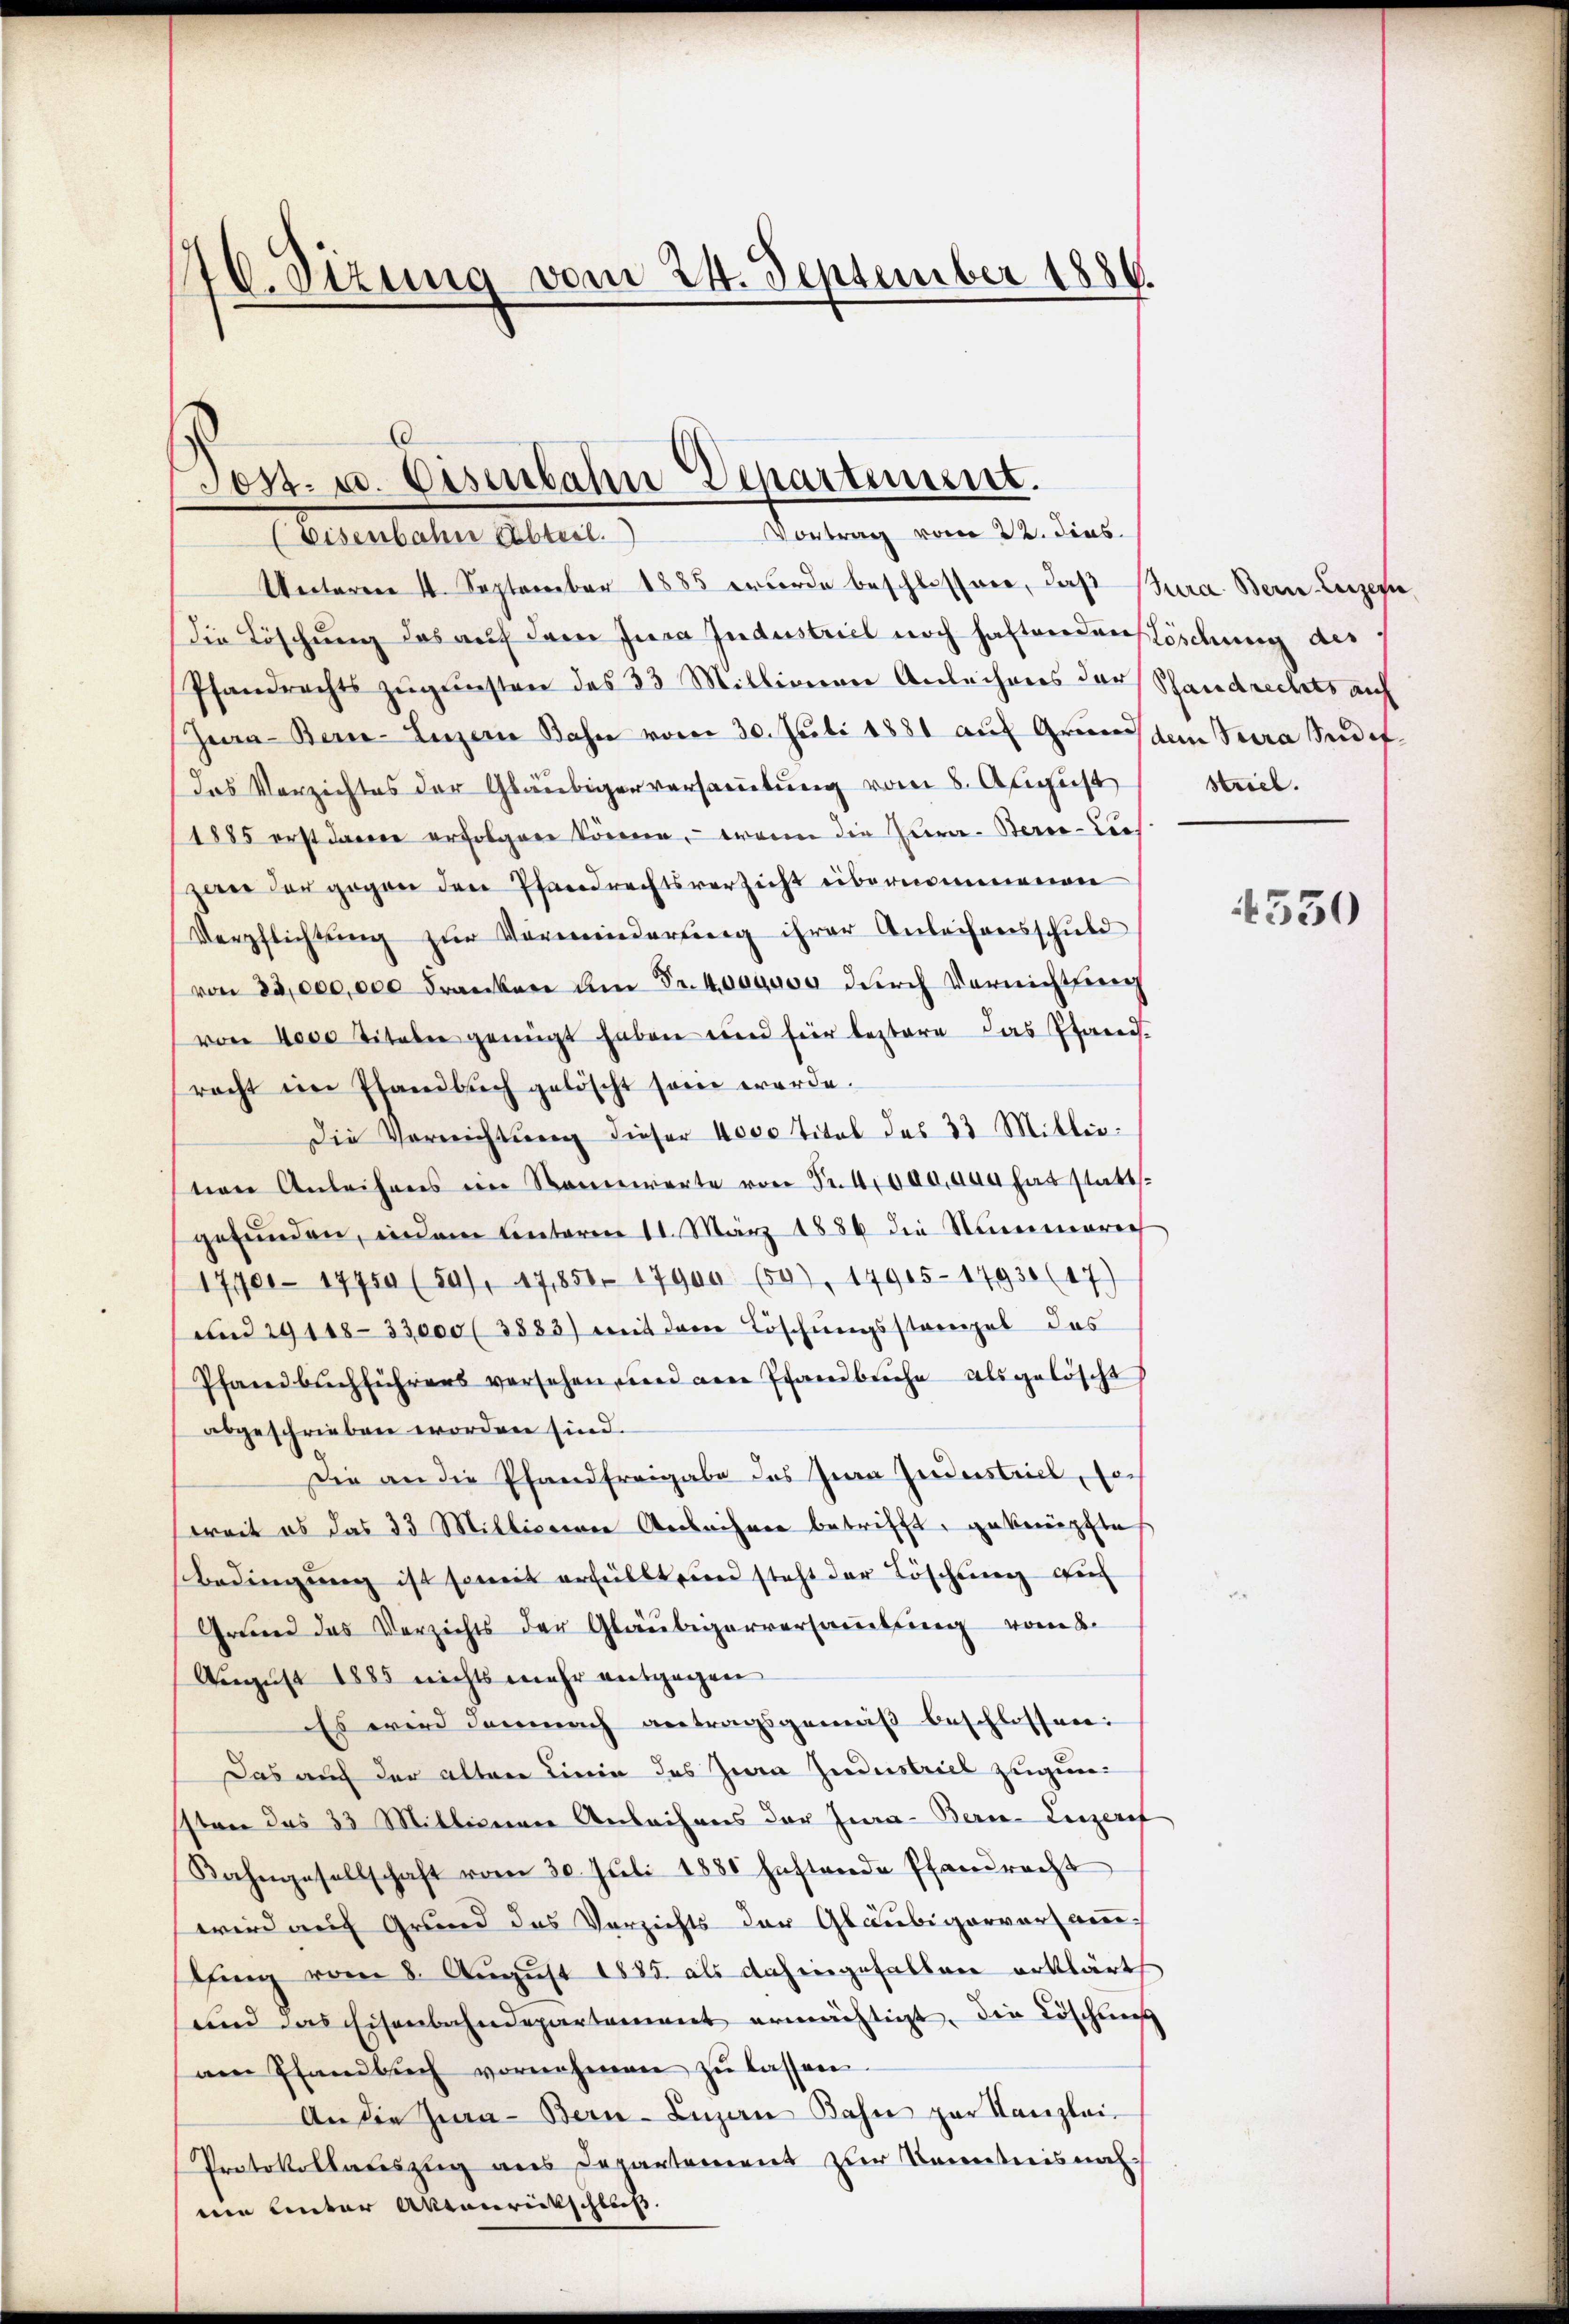
176. Sizung vom 24. September 1886.

Eisenbahne Erbteil.
Unteren 11. September 1885 erforde beschlossene, daß Bara Bern Luzern
die Löschung das auf dem Jura Industriel noch haftenden Löschung des
Pfandrechts zŭgŭnsten des 33 Millionen Anleihens der Schandrechts auf
Hea-Berne-Luzern Bahn vom 30. Juli 1881 aŭf Grund den Tera Sudif-
das Verzichtes der Gläubiger versammlung vom 8. August
1885 erst darin erfolgere können, wenn die Zur Berce-Diezwei der gegen den Pfandrechtsverzicht eibernommenen
Verpflichtung zur Vorminderung ihrer Anleihensschuld
von 33,000,000 Franken am Fr. 400quos durch Vernichtung
von 4000 Titeln genügt haben und für bestare das Pfand-
racht im Pfandbuch gelöscht sein werde.
Die Verrichtung dieser 4000 Titel des 33 Millieten Anleihens im Sannwerte von Fr. 4000,000 hat statt-
gefunden, indem Unteren 11. März 1886 die Summarich
1790. 17750 (54), 47,851. 17900 (50), 14915-17930 (17)
und 29118-33,000 (3883) mit dem Löschŭngsstangel des
Pfandbuchführers versehen, und die Pfandbeiche als gelöscht
abgeschrieben worden sind.
Die an die Pfandfreigabe das Jura Jndustrill, son
weit es das 33 Millicieren Ansehner betrifft, geknüpflas
Bedingung ist somit erfüllt und steht der Löschung auch
Grund das Verzichts der Gläubigerversamlung vom 8.
August 1885 nichts mehr entgegen
Es wird demnach antragsgemäß beschlossen:
Das auch der alten Linie des Jura Industriel zugunssten das 33 Mittenere Anleihens der Jura-Berne-Luzeref
Bahngesellschaft vom 30. Juli 1881 haftende Pfandrecht
wird auf Grund des Verzichts der Gläubigerversamlfing vom 8. August 1835. als dahingefallen erklärt
und das Eisenbahndepartement ermächtigt, die Löschlies
am Pfandbuch vornehmen zŭ lassen.
An die Jura - Bern-Luzan Bahn zur Kanzlei-
Protokollauszug aus Departement zur Kenntnisnahnen Unter Aktenrückschließ.

Tost- u. Eisenbahn Departement.
Vortrag vom 22. dies

Striel.

550